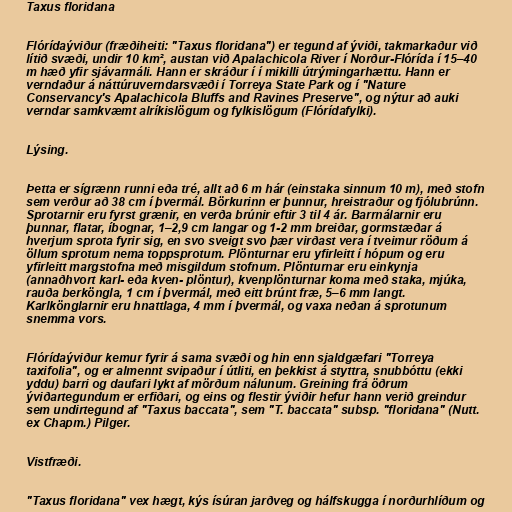
Taxus floridana

Flórídaýviður (fræðiheiti: "Taxus floridana") er tegund af ýviði, takmarkaður við
lítið svæði, undir 10 km², austan við Apalachicola River í Norður-Flórída í 15–40
m hæð yfir sjávarmáli. Hann er skráður í í mikilli útrýmingarhættu. Hann er
verndaður á náttúruverndarsvæði í Torreya State Park og í "Nature
Conservancy's Apalachicola Bluffs and Ravines Preserve", og nýtur að auki
verndar samkvæmt alríkislögum og fylkislögum (Flórídafylki).

Lýsing.

Þetta er sígrænn runni eða tré, allt að 6 m hár (einstaka sinnum 10 m), með stofn
sem verður að 38 cm í þvermál. Börkurinn er þunnur, hreistraður og fjólubrúnn.
Sprotarnir eru fyrst grænir, en verða brúnir eftir 3 til 4 ár. Barrnálarnir eru
þunnar, flatar, íbognar, 1–2,9 cm langar og 1-2 mm breiðar, gormstæðar á
hverjum sprota fyrir sig, en svo sveigt svo þær virðast vera í tveimur röðum á
öllum sprotum nema toppsprotum. Plönturnar eru yfirleitt í hópum og eru
yfirleitt margstofna með misgildum stofnum. Plönturnar eru einkynja
(annaðhvort karl- eða kven- plöntur), kvenplönturnar koma með staka, mjúka,
rauða berköngla, 1 cm í þvermál, með eitt brúnt fræ, 5–6 mm langt.
Karlkönglarnir eru hnattlaga, 4 mm í þvermál, og vaxa neðan á sprotunum
snemma vors.

Flórídaýviður kemur fyrir á sama svæði og hin enn sjaldgæfari "Torreya
taxifolia", og er almennt svipaður í útliti, en þekkist á styttra, snubbóttu (ekki
yddu) barri og daufari lykt af mörðum nálunum. Greining frá öðrum
ýviðartegundum er erfiðari, og eins og flestir ýviðir hefur hann verið greindur
sem undirtegund af "Taxus baccata", sem "T. baccata" subsp. "floridana" (Nutt.
ex Chapm.) Pilger.

Vistfræði.

"Taxus floridana" vex hægt, kýs ísúran jarðveg og hálfskugga í norðurhlíðum og